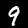
Label: 9